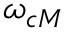
\omega _ { c M }